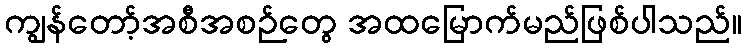
ကျွန်တော့်အစီအစဉ်တွေ အထမြောက်မည်ဖြစ်ပါသည်။